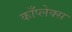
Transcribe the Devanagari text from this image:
काँप्लेक्स